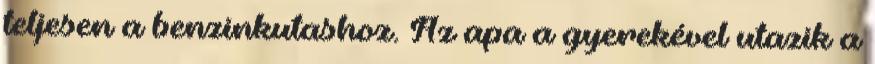
teljesen a benzinkutashoz. Az apa a gyerekével utazik a